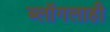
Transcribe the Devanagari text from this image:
ब्लॉगलाही